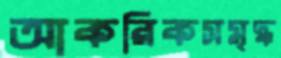
আকরিকসমৃদ্ধ